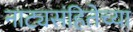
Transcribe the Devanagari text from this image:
नाट्यसंहितेच्या